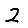
Digit: 2